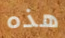
هذه